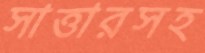
সাত্তারসহ